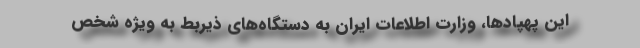
این پهپاد‌ها، وزارت اطلاعات ایران به دستگاه‌های ذیربط به ویژه شخص